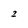
Character: 2